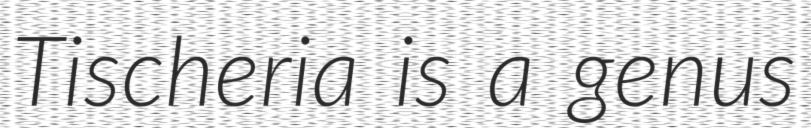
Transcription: Tischeria is a genus